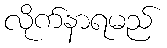
လိုက်နာရမည်